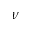
\nu